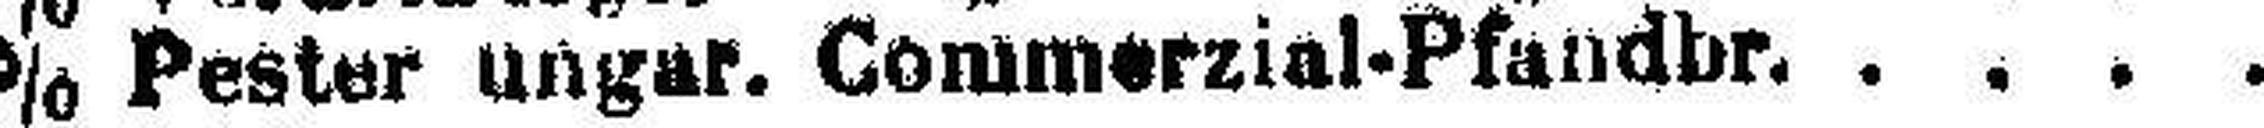
4% Pester ungar. Commerzial-Pfandbr.